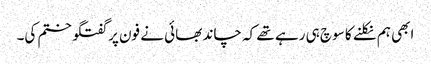
ابھی ہم نکلنے کا سوچ ہی رہے تھے کہ چاند بھائی نے فون پر گفتگو ختم کی۔